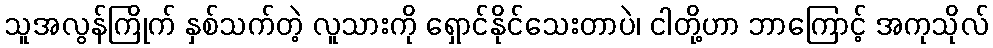
သူအလွန်ကြိုက် နှစ်သက်တဲ့ လူသားကို ရှောင်နိုင်သေးတာပဲ၊ ငါတို့ဟာ ဘာကြောင့် အကုသိုလ်